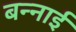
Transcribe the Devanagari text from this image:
बन्नाई